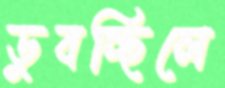
ডুবচ্ছিলে